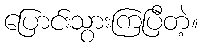
ပြောင်းသွားကြပြီတဲ့။